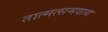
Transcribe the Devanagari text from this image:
तात्मत्समवाय